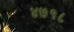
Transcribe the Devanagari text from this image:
४७१८